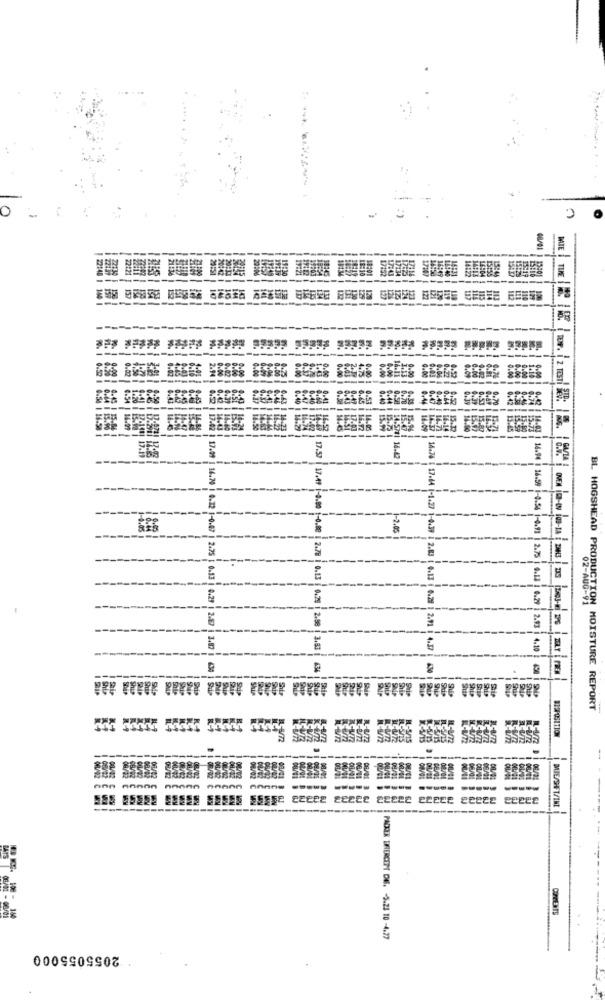
DAIE
--
7.19
14.42
17.57
17.49 1-0.00 1-0.88
1-2.45
18.94 0 16.59 1-0.56 1-0.91 | 2.75
2.78 | 0.13
1 14.76 | 17.64 1-1.27 1-0.39 1 2.03 1 0.13
02-AUG-91
0.29 | 2.98
2.11
6.13 | 6.29 2.93
4.37
4.10
-02 ) 17.09 | 14.70 | 0.12 1-0.07 | 2.75 : 0.13 | 0.29 | 2.57 3.87 | 430
BL HOGSHEAD PRODUCTION MOISTURE REPORT
DISPOSITION
ann annnn nnono
MIE/SVT/INI
--
OPTEXTS
PACKER BRIERCEPT DE. - 5.23 10 -4.77
2055055000